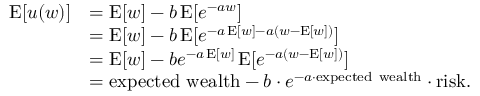
{ \begin{array} { r l } { \operatorname { E } [ u ( w ) ] } & { = \operatorname { E } [ w ] - b \operatorname { E } [ e ^ { - a w } ] } \\ & { = \operatorname { E } [ w ] - b \operatorname { E } [ e ^ { - a \operatorname { E } [ w ] - a ( w - \operatorname { E } [ w ] ) } ] } \\ & { = \operatorname { E } [ w ] - b e ^ { - a \operatorname { E } [ w ] } \operatorname { E } [ e ^ { - a ( w - \operatorname { E } [ w ] ) } ] } \\ & { = { \mathrm { e x p e c t e d ~ w e a l t h } } - b \cdot e ^ { - a \cdot { \mathrm { e x p e c t e d ~ w e a l t h } } } \cdot { \mathrm { r i s k } } . } \end{array} }